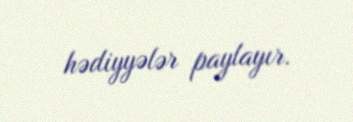
hədiyyələr paylayır.